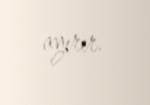
ayırır.